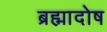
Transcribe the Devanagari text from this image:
ब्रह्मादोष